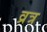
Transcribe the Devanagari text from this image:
व्रत्र